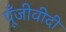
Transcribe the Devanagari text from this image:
पूँजीवीदी